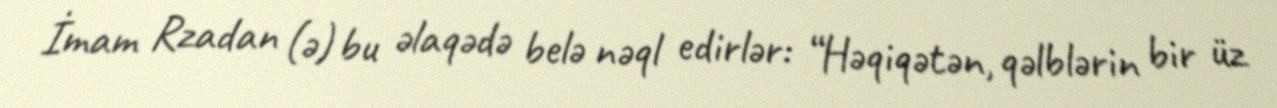
İmam Rzadan (ə) bu əlaqədə belə nəql edirlər: “Həqiqətən, qəlblərin bir üz